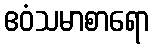
ဧဝံသမာစာရော